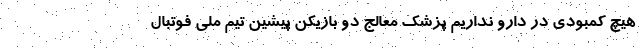
هیچ کمبودی در دارو نداریم پزشک معالج دو بازیکن پیشین تیم ملی فوتبال